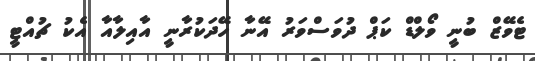
ޓެވޭޒް ބުނީ ވޯލްޑް ކަޕް ދުވަސްވަރު އޭނާ ހޭދަކުރާނީ އާއިލާއާ އެކު ޗުއްޓީ